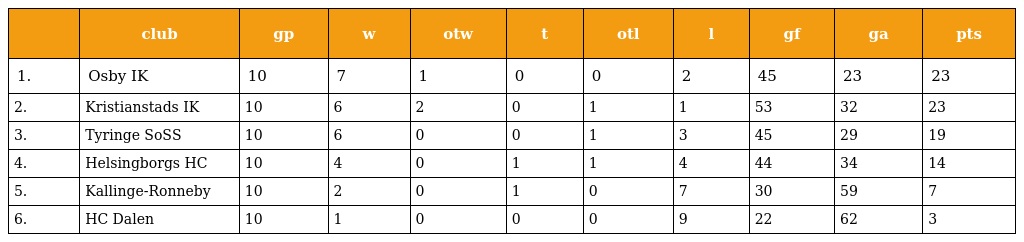
|  | club | gp | w | otw | t | otl | l | gf | ga | pts |
 | --- | --- | --- | --- | --- | --- | --- | --- | --- | --- | --- |
 | 1. | Osby IK | 10 | 7 | 1 | 0 | 0 | 2 | 45 | 23 | 23 |
 | 2. | Kristianstads IK | 10 | 6 | 2 | 0 | 1 | 1 | 53 | 32 | 23 |
 | 3. | Tyringe SoSS | 10 | 6 | 0 | 0 | 1 | 3 | 45 | 29 | 19 |
 | 4. | Helsingborgs HC | 10 | 4 | 0 | 1 | 1 | 4 | 44 | 34 | 14 |
 | 5. | Kallinge-Ronneby | 10 | 2 | 0 | 1 | 0 | 7 | 30 | 59 | 7 |
 | 6. | HC Dalen | 10 | 1 | 0 | 0 | 0 | 9 | 22 | 62 | 3 |